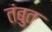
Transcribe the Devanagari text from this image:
तंबुत